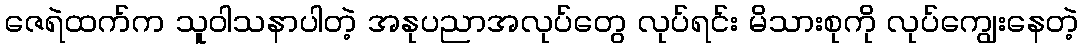
ဇေရဲထက်က သူဝါသနာပါတဲ့ အနုပညာအလုပ်တွေ လုပ်ရင်း မိသားစုကို လုပ်ကျွေးနေတဲ့